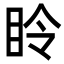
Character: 𪾧